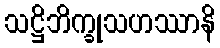
သဋ္ဌိဘိက္ခုသဟဿာနိ